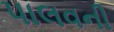
પાલવની